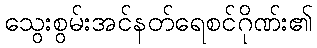
သွေးစွမ်းအင်နတ်ရေစင်ဂိုဏ်း၏